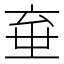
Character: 𱎘